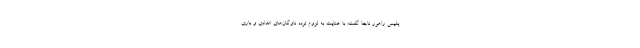
پلیس راهور ناجا گفت: با عنایت به لزوم تردد ناوگان‌های امدادی و باری